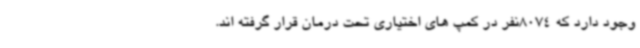
وجود دارد که 8074نفر در کمپ های اختیاری تحت درمان قرار گرفته اند.